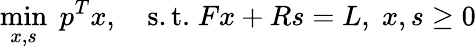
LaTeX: \operatorname*{min}_{x,s}\; p^{T}x,\quad{\mathrm{s.t.}}\; Fx+Rs=L,\; x,s\geq 0